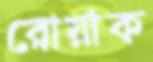
রোয়াক